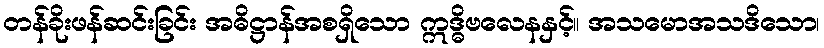
တန်ခိုးဖန်ဆင်းခြင်း အဓိဋ္ဌာန်အစရှိသော ဣဒ္ဓိဗလေနနှင့်။ အသမောအသဒိသော၊